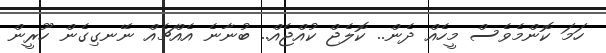
ހަމަ ކޮންމެވެސް މީހެއް ދެން.. ކޮލެޖް ކުއްޖެއް.. ބުނާނެ އެއްޗެއް ނޭނގިގެން ހޫރީން